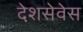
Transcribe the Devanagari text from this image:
देशसेवेस